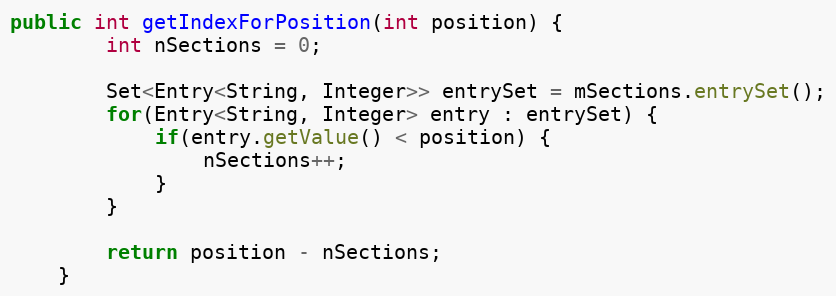
Language: Java
public int getIndexForPosition(int position) {
        int nSections = 0;

        Set<Entry<String, Integer>> entrySet = mSections.entrySet();
        for(Entry<String, Integer> entry : entrySet) {
            if(entry.getValue() < position) {
                nSections++;
            }
        }

        return position - nSections;
    }